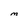
Character: M